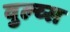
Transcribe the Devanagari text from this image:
वुल्व्स